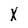
Character: X